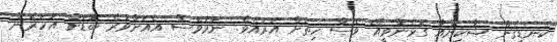
ކެނޑިގެން ޝާކިންއާ ގުޅެންވީއޭ ވެސް ހިތަށް އަރައެވެ. ނަމަވެސް އެއަށްވުރެ ބޮޑަށް އަހަރެން